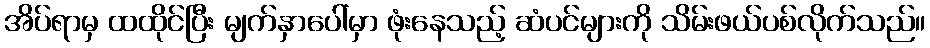
အိပ်ရာမှ ထထိုင်ပြီး မျက်နှာပေါ်မှာ ဖုံးနေသည့် ဆံပင်များကို သိမ်းဖယ်ပစ်လိုက်သည်။